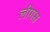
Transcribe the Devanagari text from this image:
लीगस